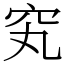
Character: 䆒